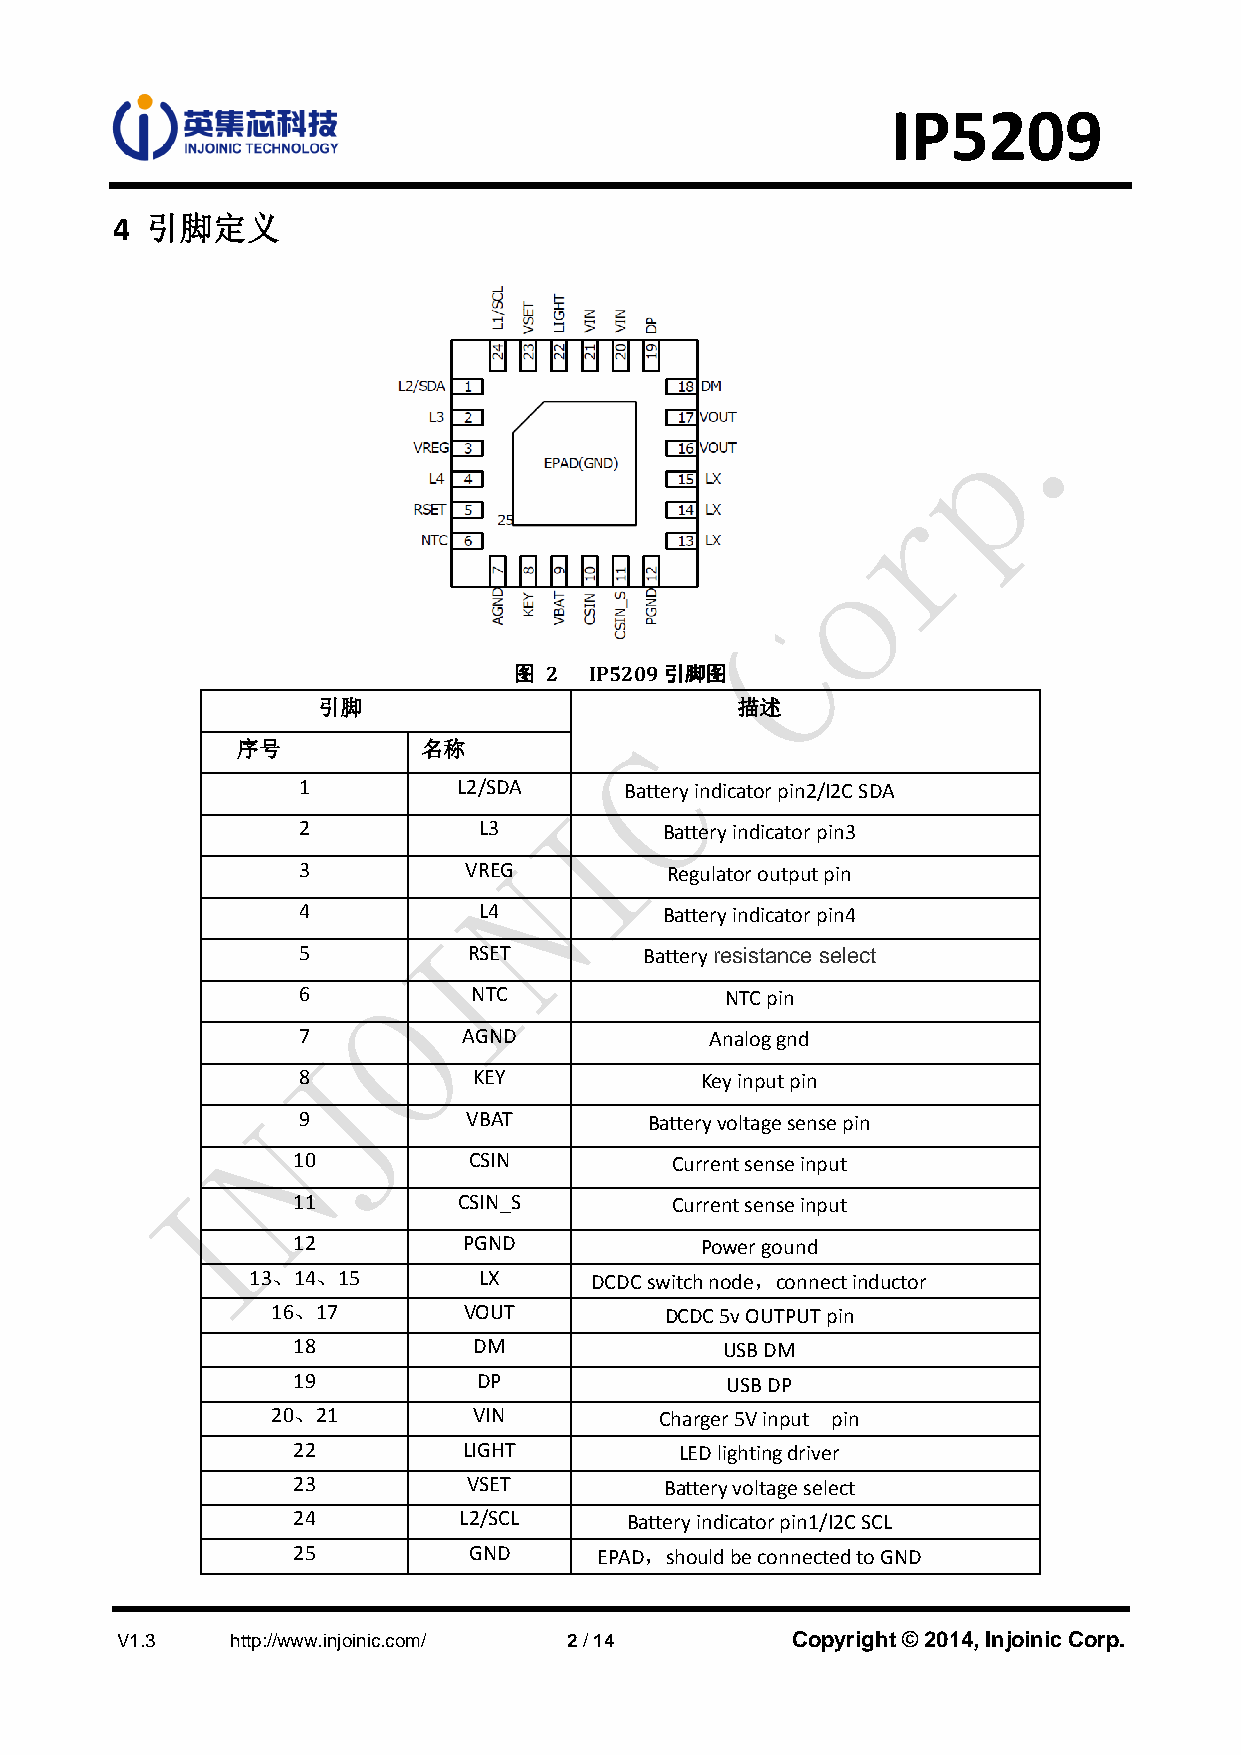
IP5209
 4  引脚定义
 图 2  IP5209引脚图
 引脚                          描述
 序号          名称
 1         L2/SDA     Battery indicator pin2/I2C SDA
 2           L3          Battery indicator pin3
 3          VREG         Regulator output pin
 4           L4          Battery indicator pin4
 5          RSET        Battery resistance select
 6          NTC              NTC pin
 7          AGND            Analog gnd
 8          KEY            Key input pin
 9          VBAT        Battery voltage sense pin
 10          CSIN         Current sense input
 11         CSIN_S        Current sense input
 12          PGND           Power gound
 13、14、15       LX     DCDC switch node，connect inductor
 16、17        VOUT         DCDC 5v OUTPUT pin
 18          DM               USB DM
 19           DP              USB DP
 20、21        VIN          Charger 5V input pin
 22          LIGHT         LED lighting driver
 23          VSET         Battery voltage select
 24         L2/SCL     Battery indicator pin1/I2C SCL
 25          GND      EPAD，should be connected to GND
 V1.3   http://www.injoinic.com/ 2 / 14      Copyright © 2014, Injoinic Corp.